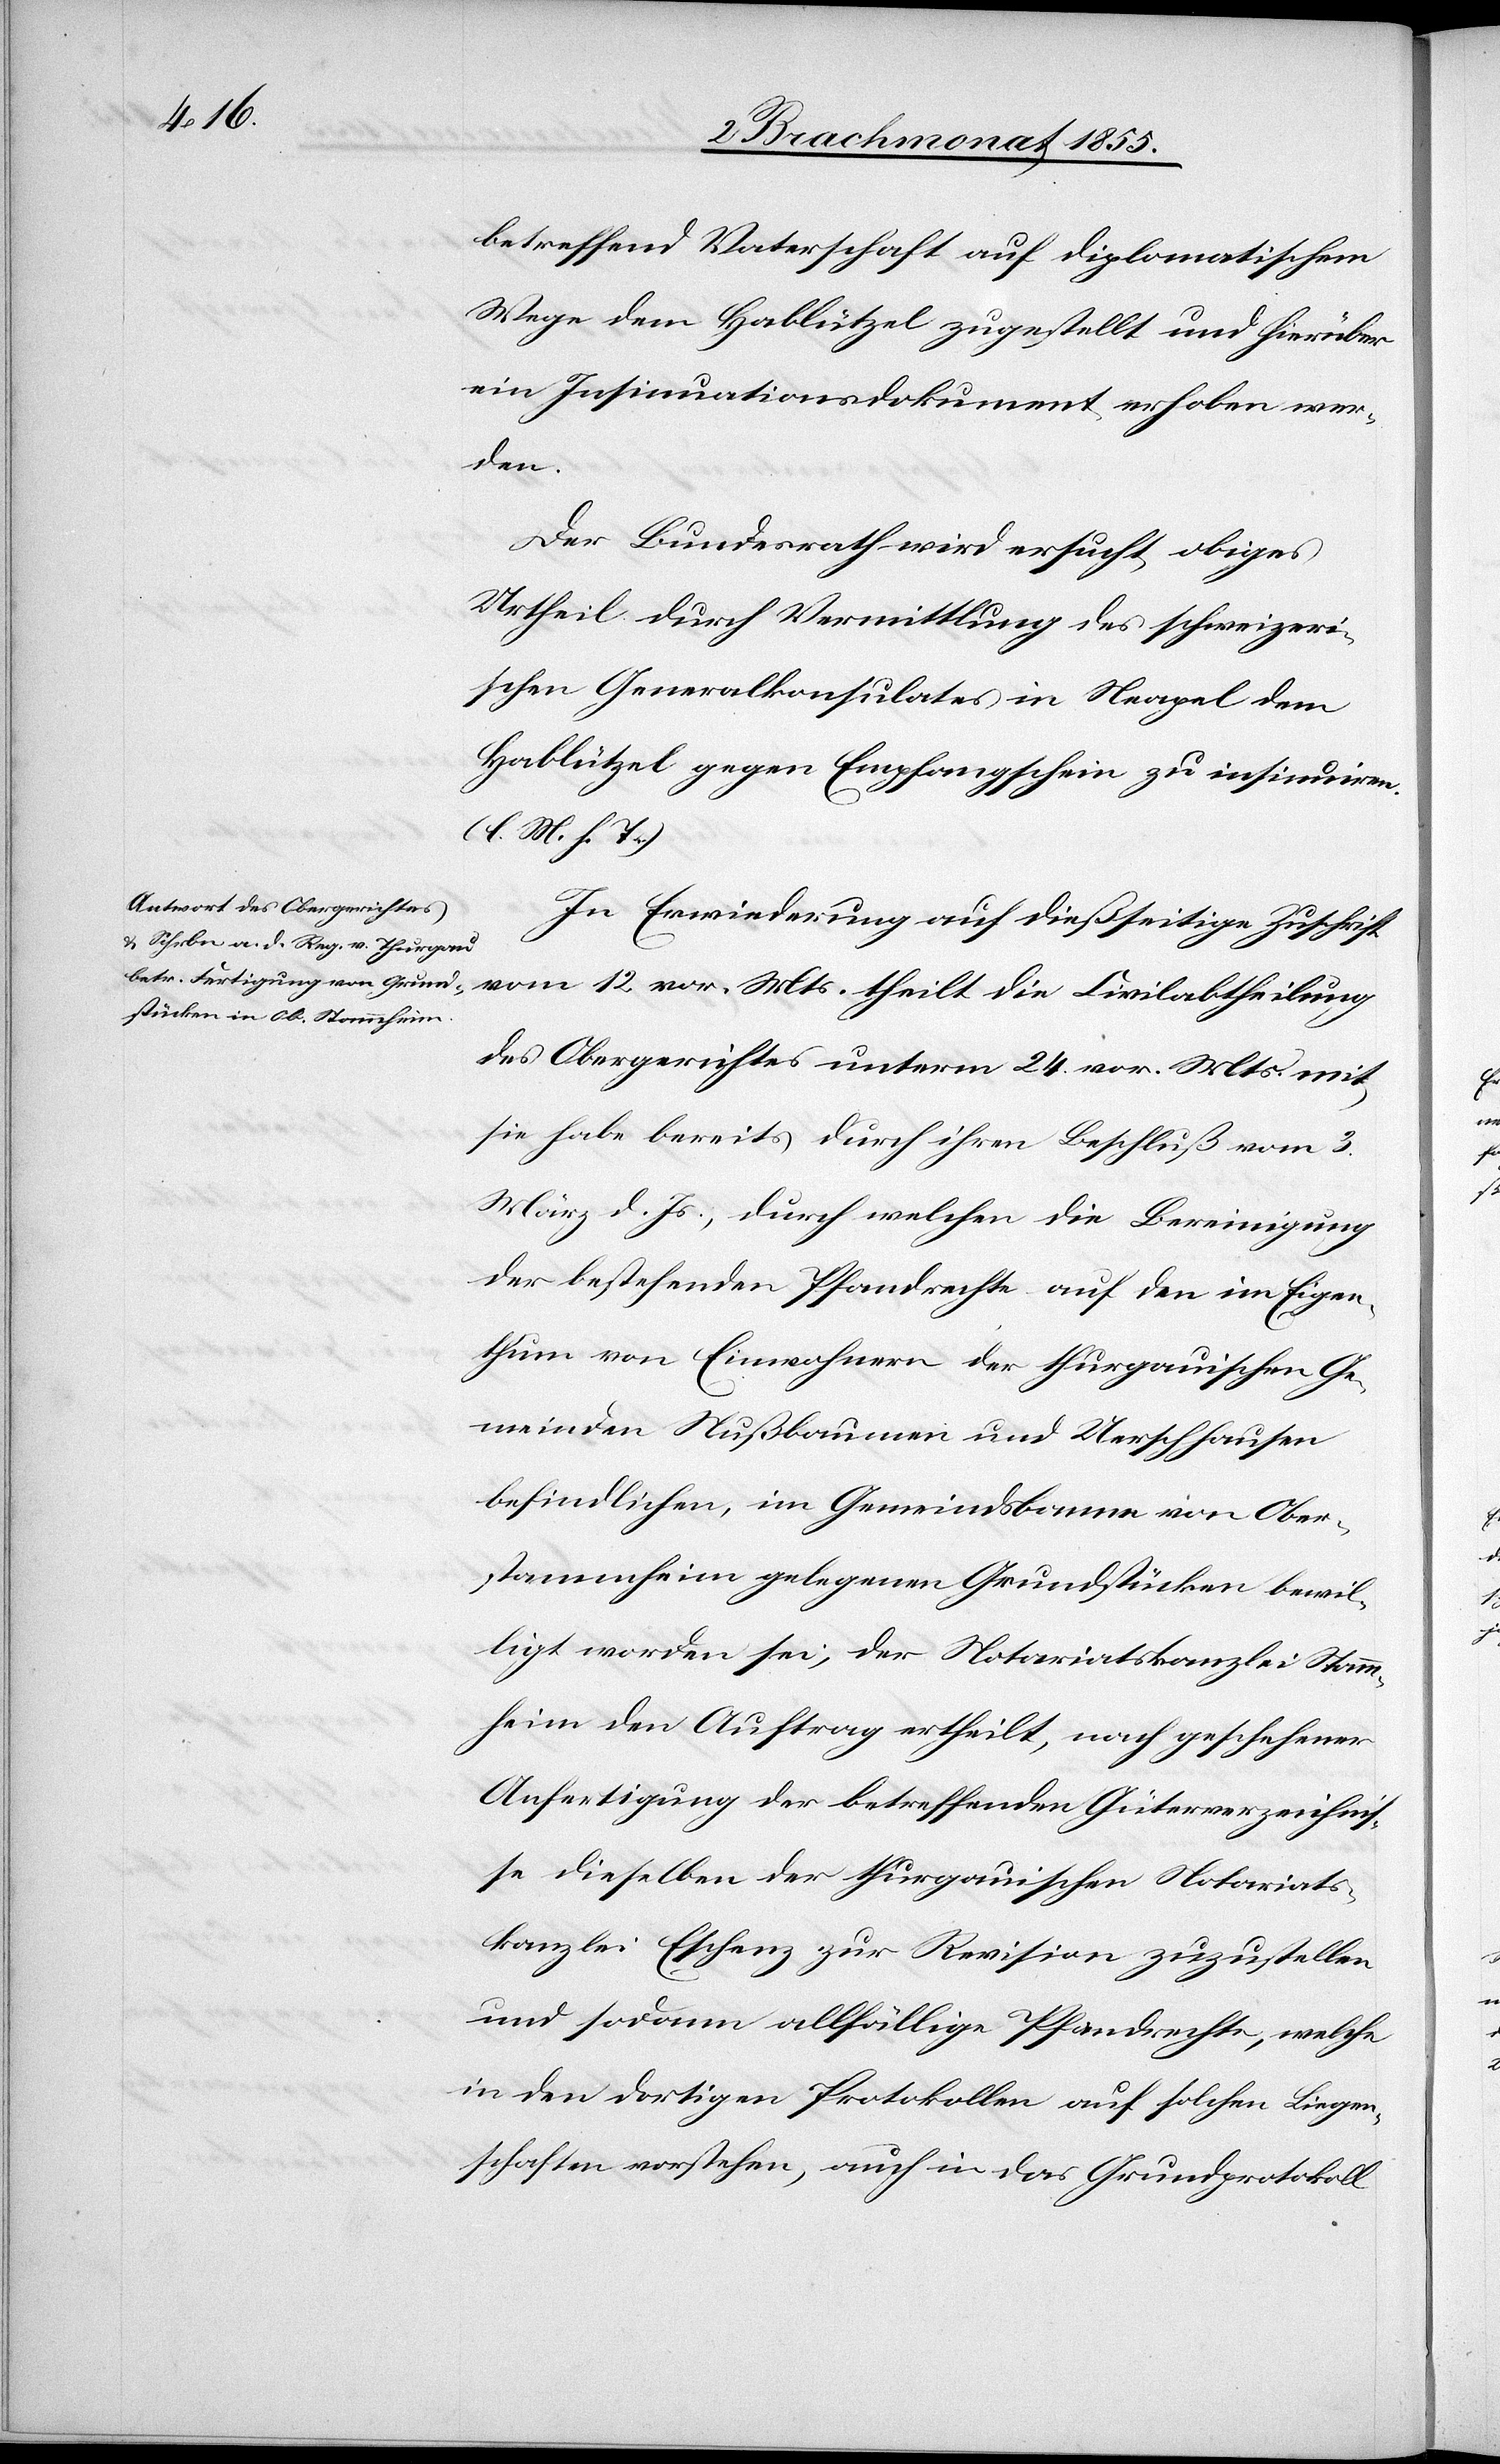
betreffend Vaterschaft auf diplomatischem
Wege dem Hablützel zugestellt und hierüber
ein Insinuationsdokument erhoben wer¬
den.
Der Bundesrath wird ersucht, obiges
Urtheil durch Vermittlung des schweizeri¬
schen Generalkonsulates in Neapel dem
Hablützel gegen Empfangschein zu insinuiren.
(l. M. h. T.)
In Erwiederung auf dießseitige Zuschrift
vom 12. vor. Mts. theilt die Civilabtheilung
des Obergerichtes unterm 24. vor. Mts. mit,
sie habe bereits durch ihren Beschluß vom 3.
März d. Js., durch welchen die Bereinigung
der bestehenden Pfandrechte auf den im Eigen¬
thum von Einwohnern der thurgauischen Ge¬
meinden Nußbaumen und Uerschhausen
befindlichen, im Gemeindsbanne von Ober¬
stammheim gelegenen Grundstücken bewil¬
ligt worden sei, der Notariatskanzlei Stamm¬
heim den Auftrag ertheilt, nach geschehener
Anfertigung der betreffenden Güterverzeichnis¬
se dieselben der thurgauischen Notariats¬
kanzlei Eschenz zur Revision zuzustellen
und sodann allfällige Pfandrechte, welche
in den dortigen Protokollen auf solchen Liegen¬
schaften vorstehen, auch in das Grundprotokoll